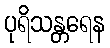
ပုရိသန္တရေန